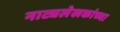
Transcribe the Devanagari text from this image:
नाट्यलेखकांच्या